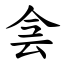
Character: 侌